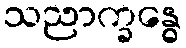
သညာက္ခန္ဓေ